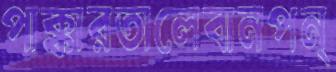
পাক্কারতালেবানপন্